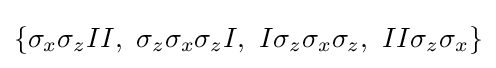
\{\sigma _{x}\sigma _{z}II,\ \sigma _{z}\sigma _{x}\sigma _{z}I,\ I\sigma _{z}\sigma _{x}\sigma _{z},\ II\sigma _{z}\sigma _{x}\}